Indian journal of veterinary science and animal husbandry - Volume 3,
Year: 1933
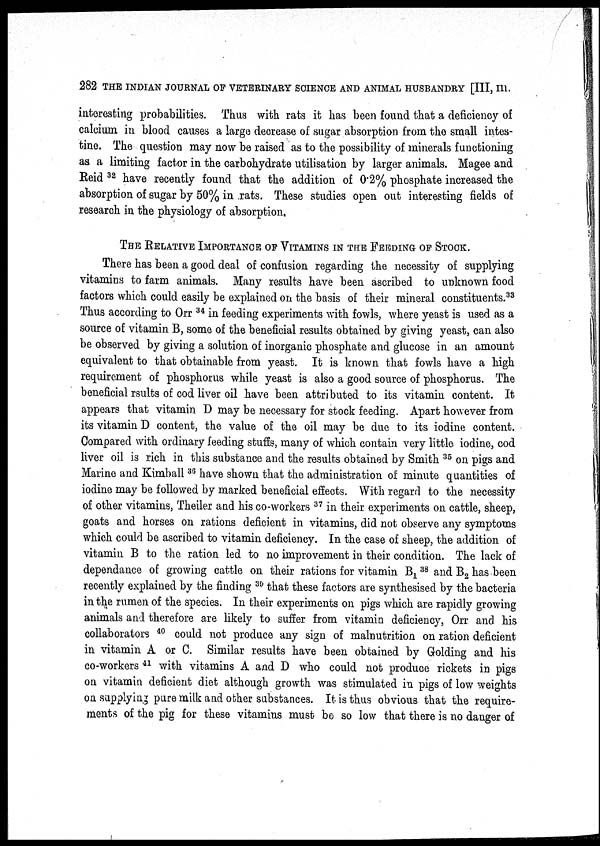
282 THE INDIAN JOURNAL OF VETERINARY SCIENCE AND ANIMAL HUSBANDRY [III, III.
interesting probabilities. Thus with rats it has been found that a deficiency of
calcium in blood causes a large decrease of sugar absorption from the small intes-
tine. The question may now be raised as to the possibility of minerals functioning
as a limiting factor in the carbohydrate utilisation by larger animals. Magee and
Reid 32 have recently found that the addition of 0.2% phosphate increased the
absorption of sugar by 50% in rats. These studies open out interesting fields of
research in the physiology of absorption,
THE RELATIVE IMPORTANCE OF VITAMINS IN THE FEEDING OF STOCK.
There has been a good deal of confusion regarding the necessity of supplying
vitamins to farm animals. Many results have been ascribed to unknown food
factors which could easily be explained on the basis of their mineral constituents. 33
Thus according to Orr 34 in feeding experiments with fowls, where yeast is used as a
source of vitamin B, some of the beneficial results obtained by giving yeast, can also
be observed by giving a solution of inorganic phosphate and glucose in an amount
equivalent to that obtainable from yeast. It is known that fowls have a high
requirement of phosphorus while yeast is also a good source of phosphorus. The
beneficial rsults of cod liver oil have been attributed to its vitamin content. It
appears that vitamin D may be necessary for stock feeding. Apart however from
its vitamin D content, the value of the oil may be due to its iodine content.
Compared with ordinary feeding stuffs, many of which contain very little iodine, cod
liver oil is rich in this substance and the results obtained by Smith 35 on pigs and
Marine and Kimball 36 have shown that the administration of minute quantities of
iodine may be followed by marked beneficial effects. With regard to the necessity
of other vitamins, Theiler and his co-workers 37 in their experiments on cattle, sheep,
goats and horses on rations deficient in vitamins, did not observe any symptoms
which could be ascribed to vitamin deficiency. In the case of sheep, the addition of
vitamin B to the ration led to no improvement in their condition. The lack of
dependance of growing cattle on their rations for vitamin B 1
38 and B 2 has been
recently explained by the finding 39 that these factors are synthesised by the bacteria
in the rumen of the species. In their experiments on pigs which are rapidly growing
animals and therefore are likely to suffer from vitamin deficiency, Orr and his
collaborators 40 could not produce any sign of malnutrition on ration deficient
in vitamin A or C. Similar results have been obtained by Golding and his
co-workers 41 with vitamins A and D who could not produce rickets in pigs
on vitamin deficient diet although growth was stimulated in pigs of low weights
on supplying pure milk and other substances. It is thus obvious that the require-
ments of the pig for these vitamins must be so low that there is no danger of